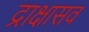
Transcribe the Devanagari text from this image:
द्राक्षासव